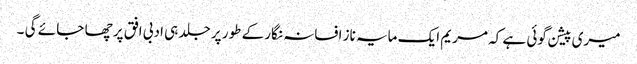
میری پیشن گوئی ہے کہ مریم ایک مایہ ناز افسانہ نگار کے طور پر جلد ہی ادبی افق پر چھا جا ئے گی ۔